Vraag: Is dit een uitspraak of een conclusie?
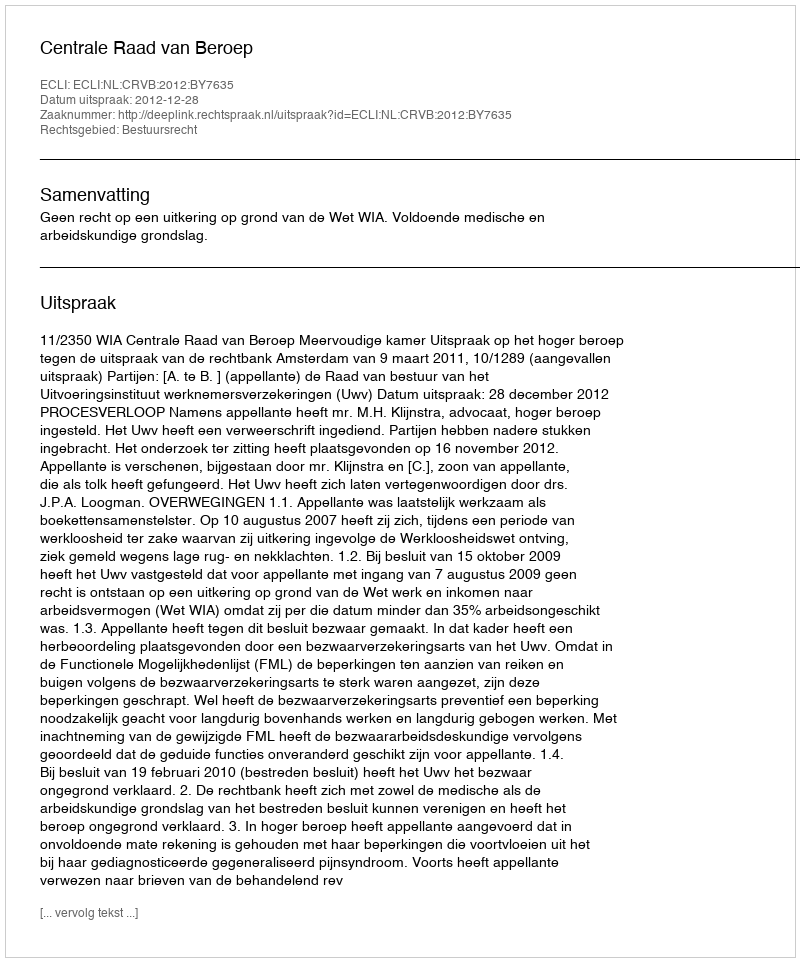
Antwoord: Uitspraak